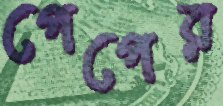
পেপের